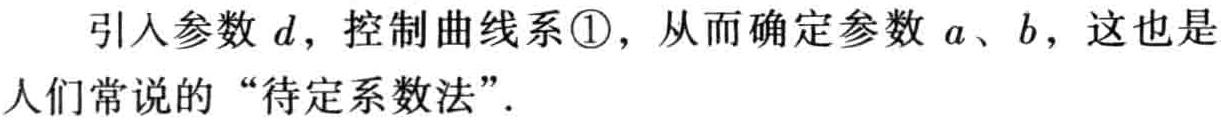
引入参数\(d\)，控制曲线系\textcircled{1}，从而确定参数\(a\)、\(b\)，这也是人们常说的“待定系数法”.